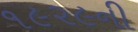
૧૯૨૯ની